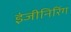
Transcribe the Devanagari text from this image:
इंजीनिरिंग